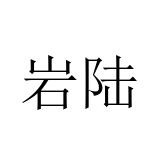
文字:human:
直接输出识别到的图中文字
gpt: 岩陆